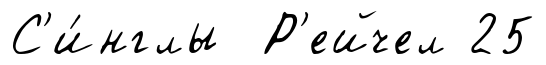
С'и́нглы Р'ейчел 25